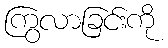
ကြွလာခြင်းကို